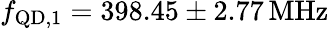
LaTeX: f_{\mathrm{QD,1}}=398.45\pm 2.77\, \mathrm{MHz}